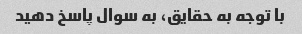
با توجه به حقایق، به سوال پاسخ دهید